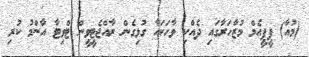
(މުއާ) ޕީޕީއެމް މުޒާހަރާގައި ދެއްކި ވާހަކައާ ގުޅިގެން ރާއްޖެޓީވީން ޓްވިޓާ އާންމު ކުރި